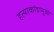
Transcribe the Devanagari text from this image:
हत्याकांडामुळे